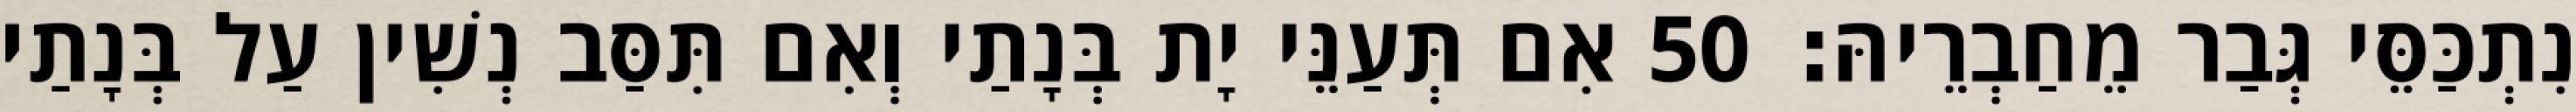
נִתְכַּסֵּי גְּבַר מֵחַבְרֵיהּ׃ 50 אִם תְּעַנֵּי יָת בְּנָתַי וְאִם תִּסַּב נְשִׁין עַל בְּנָתַי